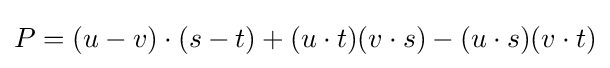
P=(u-v)\cdot (s-t)+(u\cdot t)(v\cdot s)-(u\cdot s)(v\cdot t)